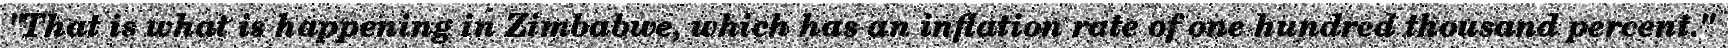
"That is what is happening in Zimbabwe, which has an inflation rate of one hundred thousand percent."